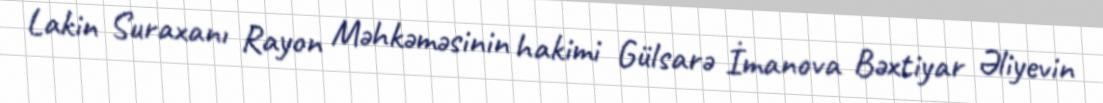
Lakin Suraxanı Rayon Məhkəməsinin hakimi Gülsarə İmanova Bəxtiyar Əliyevin